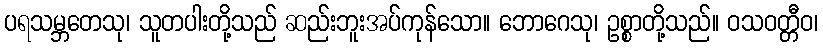
ပရသမ္ဘတေသု၊ သူတပါးတို့သည် ဆည်းဘူးအပ်ကုန်သော။ ဘောဂေသု၊ ဥစ္စာတို့သည်။ ဝသဝတ္တီဝ၊